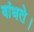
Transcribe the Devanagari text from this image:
बांधते।